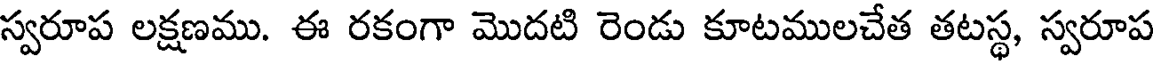
స్వరూప లక్షణము. ఈ రకంగా మొదటి రెండు కూటములచేత తటస్థ, స్వరూప